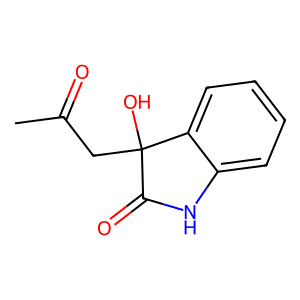
SMILES: CC(=O)CC1(O)C(=O)Nc2ccccc21
Inhibits HIV replication: No